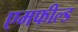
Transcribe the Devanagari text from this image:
एमफील्ड